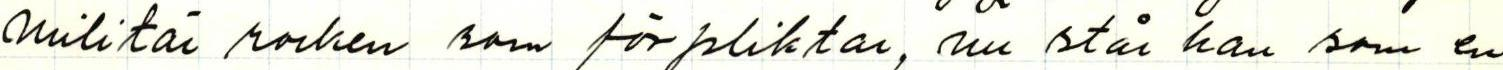
militär rocken som förpliktar, nu står han som en